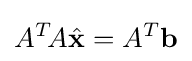
A^{T}\!A{\hat {\mathbf {x} }}=A^{T}\mathbf {b}